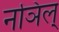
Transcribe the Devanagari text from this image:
नञिल्